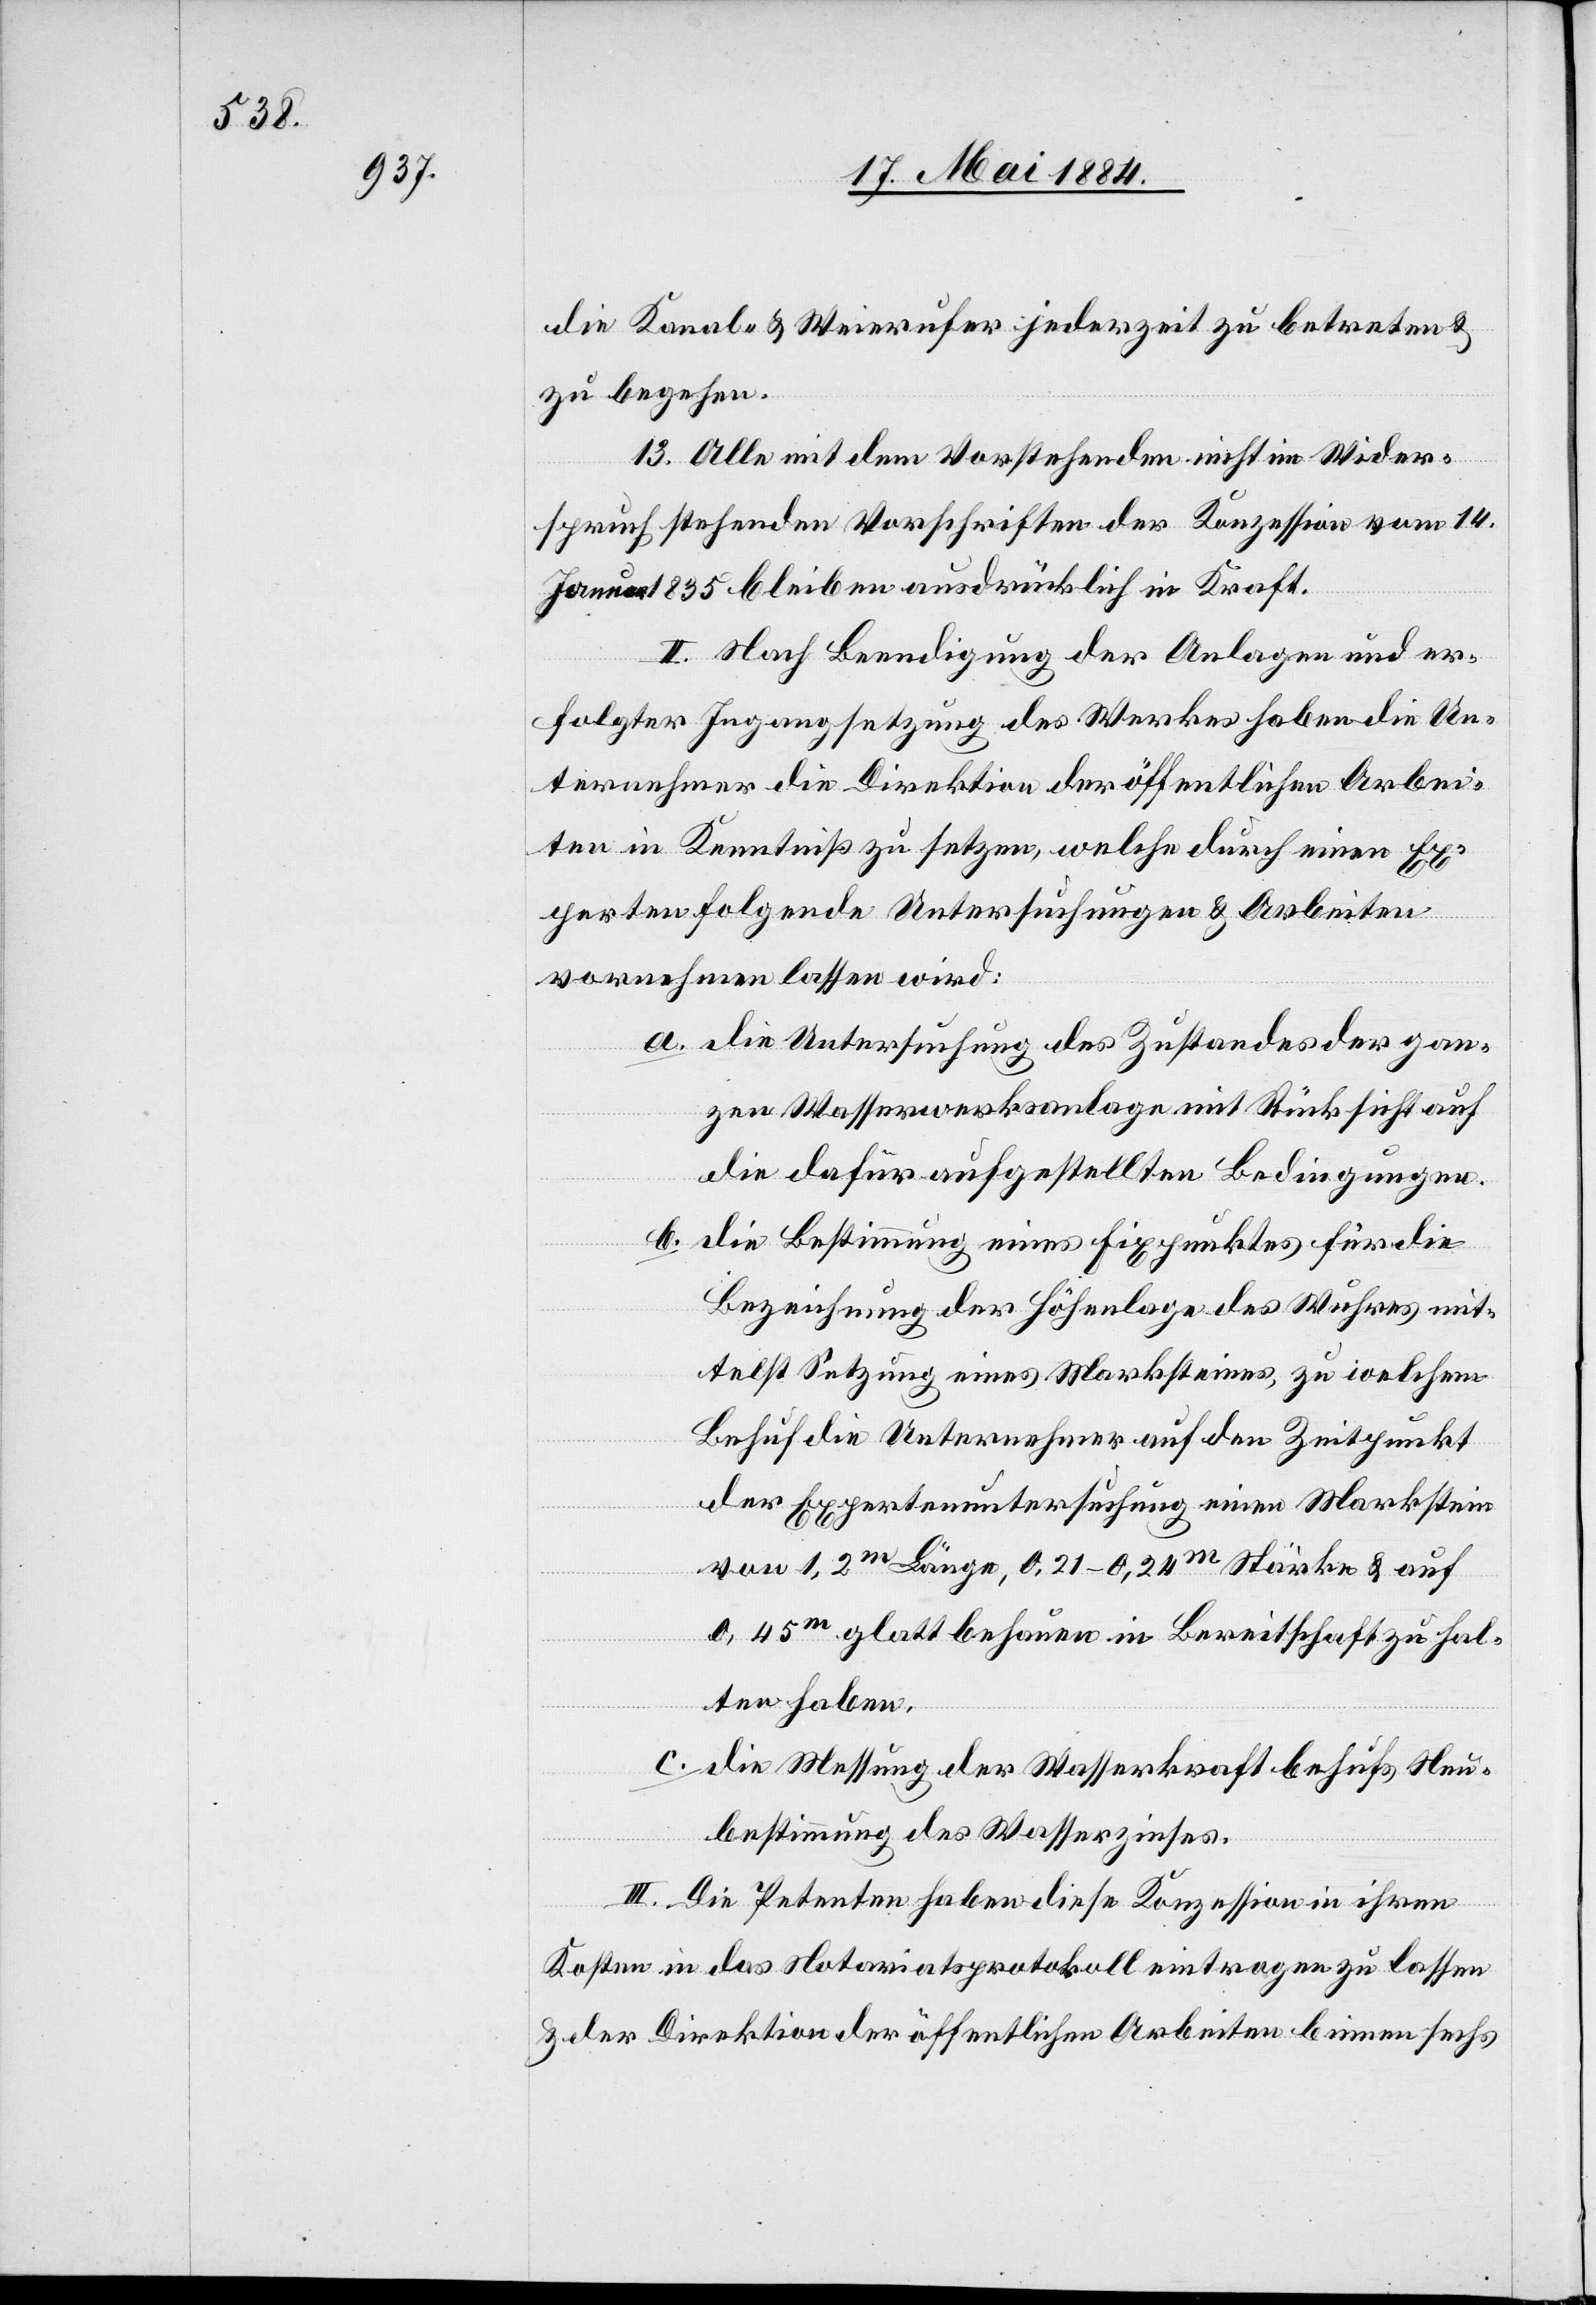
die Kanal- & Weierufer jederzeit zu betreten &
zu begehen.
13. Alle mit dem Vorstehenden nicht im Wider¬
spruch stehenden Vorschriften der Konzession vom 14.
Januar 1835 bleiben ausdrücklich in Kraft.
II. Nach Beendigung der Anlagen und er¬
folgter Ingangsetzung des Werkes haben die Un¬
ternehmer die Direktion der öffentlichen Arbei¬
ten in Kenntniß zu setzen, welche durch einen Ex¬
perten folgende Untersuchungen & Arbeiten
vornehmen lassen wird:
a. die Untersuchung des Zustandes der gan¬
zen Wasserwerkanlage mit Rücksicht auf
die dafür aufgestellten Bedingungen.
b. die Bestimmung eines Fixpunktes für die
Bezeichnung der Höhenlage des Wuhres mit¬
telst Setzung eines Marksteines, zu welchem
Behuf die Unternehmer auf den Zeitpunkt
der Expertenuntersuchung einen Markstein
von 1,2m Länge, 0,21–0,24m Stärke & auf
0,45m glatt behauen in Bereitschaft zu hal¬
ten haben.
c. die Messung der Wasserkraft behufs Neu¬
bestimmung des Wasserzinses.
III. Die Petenten haben diese Konzession in ihren
Kosten in das Notariatsprotokoll eintragen zu lassen
& der Direktion der öffentlichen Arbeiten binnen sechs